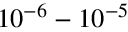
1 0 ^ { - 6 } - 1 0 ^ { - 5 }